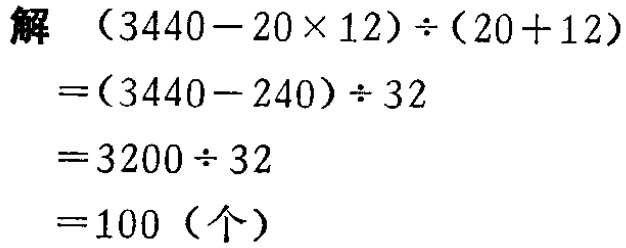
\[
\begin{align*}
&(3440 - 20\times12)\div(20 + 12)\\
=&(3440 - 240)\div32\\
=&3200\div32\\
=&100 (\text{个})
\end{align*}
\]